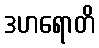
ဒဟရောတိ